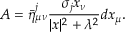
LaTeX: A = \bar { \eta } _ { \mu \nu } ^ { j } \frac { \sigma _ { j } x _ { \nu } } { | x | ^ { 2 } + \lambda ^ { 2 } } d x _ { \mu } .